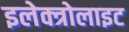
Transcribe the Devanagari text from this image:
इलेक्त्रोलाइट